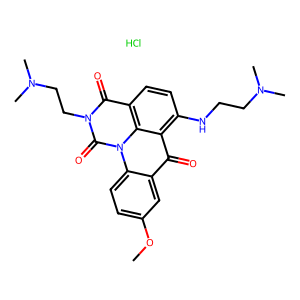
SMILES: COc1ccc2c(c1)c(=O)c1c(NCCN(C)C)ccc3c(=O)n(CCN(C)C)c(=O)n2c31.Cl
Inhibits HIV replication: No